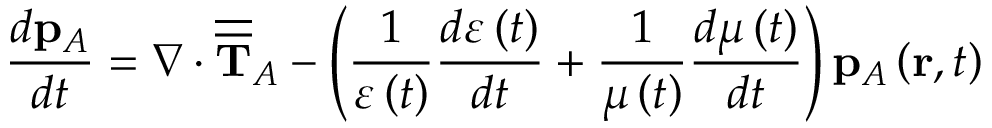
\frac { d \mathbf { p } _ { A } } { d t } = \nabla \cdot \overline { { \overline { { \mathbf { T } } } } } _ { A } - \left( \frac { 1 } { \varepsilon \left( t \right) } \frac { d \varepsilon \left( t \right) } { d t } + \frac { 1 } { \mu \left( t \right) } \frac { d \mu \left( t \right) } { d t } \right) \mathbf { p } _ { A } \left( \mathbf { r } , t \right)